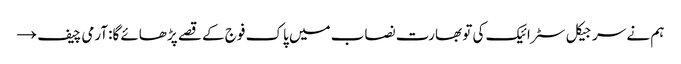
ہم نے سرجیکل سٹرائیک کی تو بھارت نصاب میں پاک فوج کے قصے پڑھائے گا:آرمی چیف →